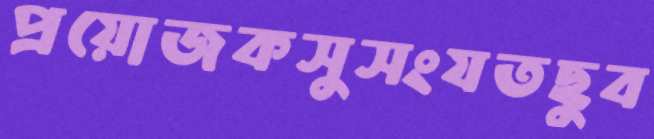
প্রয়োজকসুসংযতছুব